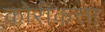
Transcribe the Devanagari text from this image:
कोरीकत्ता